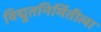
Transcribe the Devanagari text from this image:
विद्युतनिर्मितीला